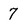
Character: 7